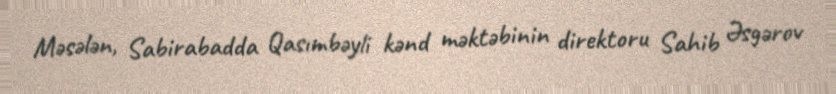
Məsələn, Sabirabadda Qasımbəyli kənd məktəbinin direktoru Sahib Əsgərov